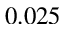
0 . 0 2 5